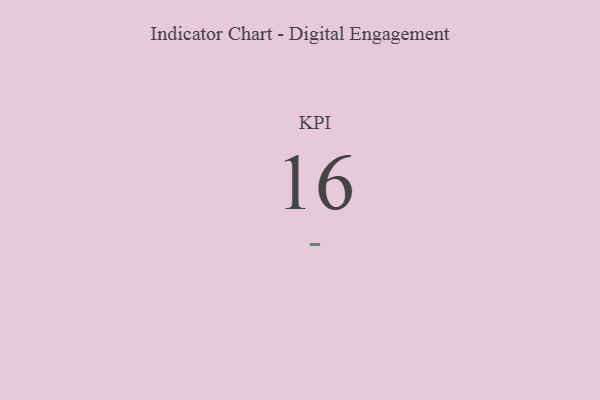
{"axis": {"x": "KPI", "y": "Value"}, "legend": [""], "data": [{"x": "KPI", "y": 16, "type": ""}]}